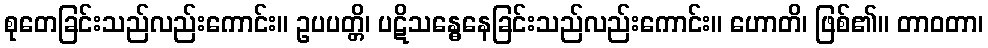
စုတေခြင်းသည်လည်းကောင်း။ ဥပပတ္တိ၊ ပဋိသန္ဓေနေခြင်းသည်လည်းကောင်း။ ဟောတိ၊ ဖြစ်၏။ တာဝတာ၊